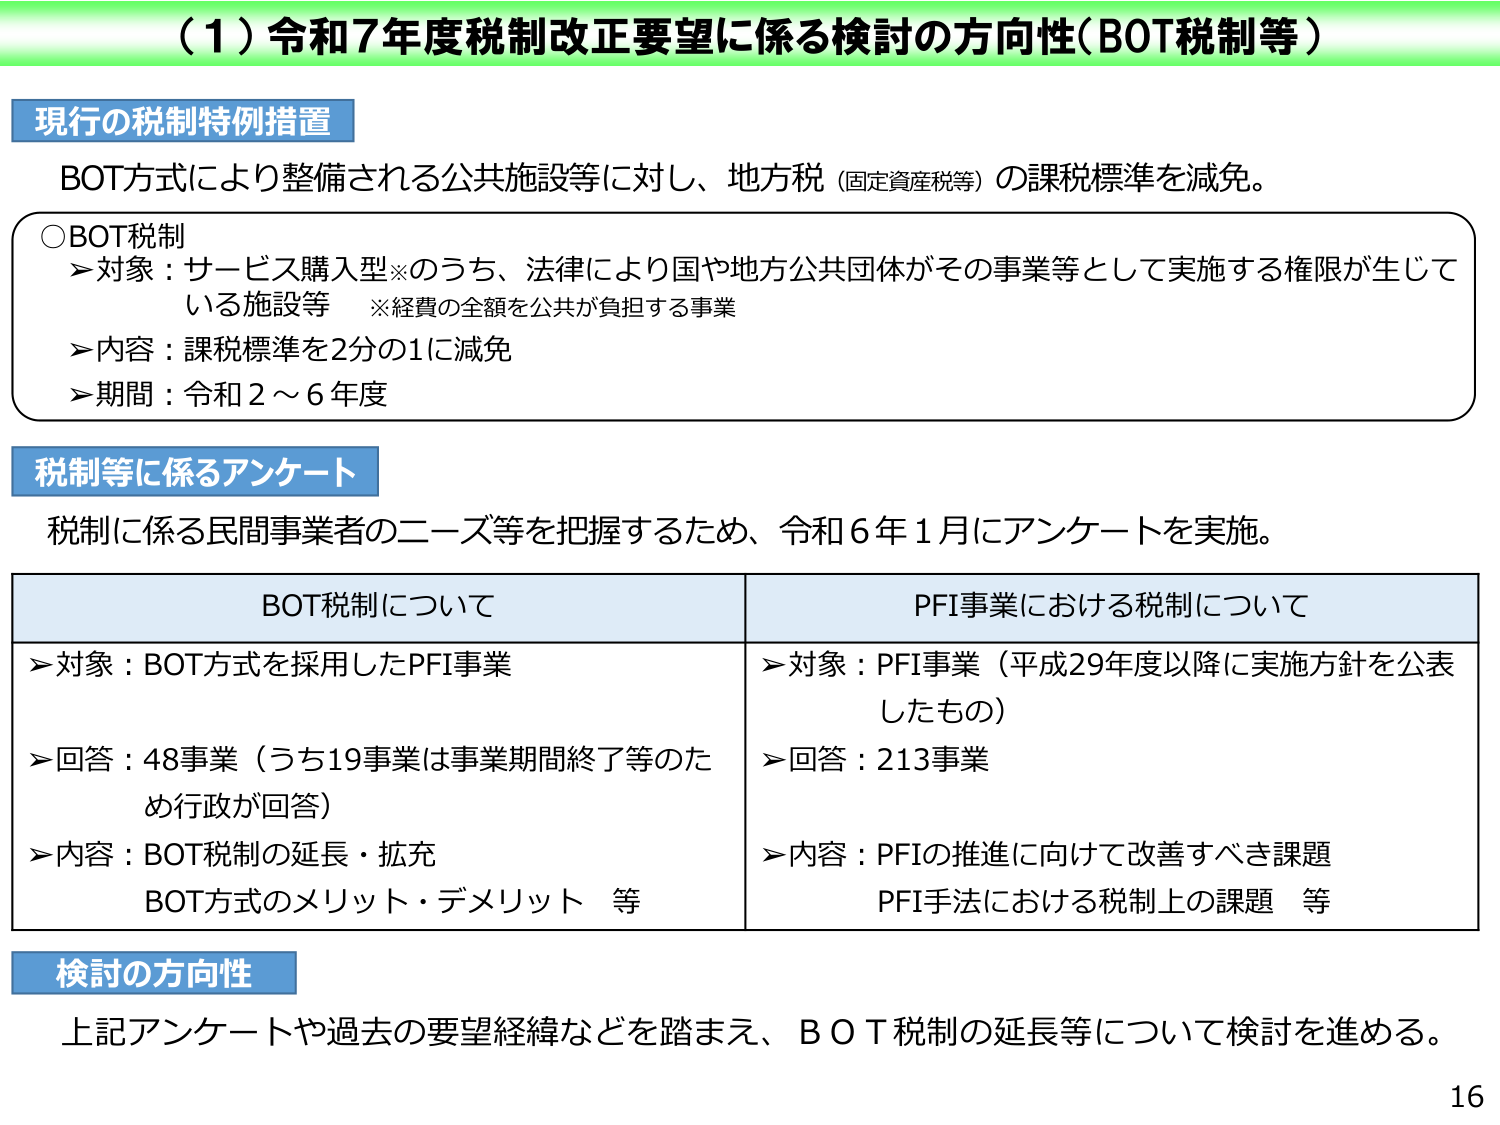
（1）令和7年度税制改正要望に係る検討の方向性（BOT税制等）

現行の税制特例措置
BOT方式により整備される公共施設等に対し、地方税（固定資産税等）の課税標準を減免。

○BOT税制
＞対象：サービス購入型※のうち、法律により国や地方公共団体がその事業等として実施する権限が生じている施設等　※経費の全額を公共が負担する事業
＞内容：課税標準を2分の1に減免
＞期間：令和2～6年度

税制等に係るアンケート
税制に係る民間事業者のニーズ等を把握するため、令和6年1月にアンケートを実施。

BOT税制について　　　　　　　　　　　　　　　　　PFI事業における税制について
＞対象：BOT方式を採用したPFI事業　　　　　　　　＞対象：PFI事業（平成29年度以降に実施方針を公表したもの）
＞回答：48事業（うち19事業は事業期間終了等のため行政が回答）　＞回答：213事業
＞内容：BOT税制の延長・拡充　　　　　　　　　　＞内容：PFIの推進に向けて改善すべき課題
　　　BOT方式のメリット・デメリット　等　　　　　　　　PFI手法における税制上の課題　等

検討の方向性
上記アンケートや過去の要望経緯などを踏まえ、BOT税制の延長等について検討を進める。

16